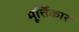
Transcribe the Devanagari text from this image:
मूर्त्तिकार